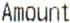
AMOUNT